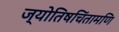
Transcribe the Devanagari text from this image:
ज्योतिषचिंतामणि